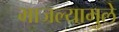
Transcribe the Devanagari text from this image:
भाजल्यामुले